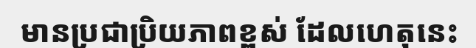
មានប្រជាប្រិយភាពខ្ពស់ ដែលហេតុនេះ